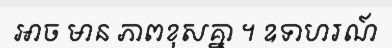
អាច មាន ភាពខុសគ្នា ។ ឧទាហរណ៍